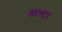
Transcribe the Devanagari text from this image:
आल्टा